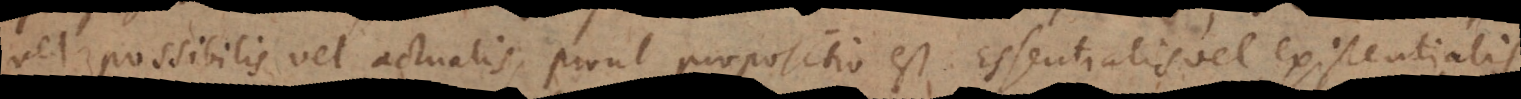
vel possibilis vel actualis, prout propositio est essentialis vel existentialis.